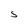
Character: S